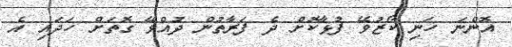
އޮންނަ ހަނި ކޯޒުވޭ ފުޅާކޮށް ދެ ފަރާތުން ދުއްވޭ ގޮތަށް ހަދައި އެ